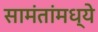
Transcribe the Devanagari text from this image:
सामंतांमध्ये